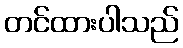
တင်ထားပါသည်